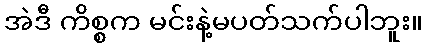
အဲဒီ ကိစ္စက မင်းနဲ့မပတ်သက်ပါဘူး။